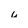
Character: u